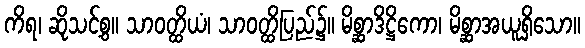
ကိရ၊ ဆိုသင့်စွ။ သာဝတ္ထိယံ၊ သာဝတ္ထိပြည်၌။ မိစ္ဆာဒိဋ္ဌိကော၊ မိစ္ဆာအယူရှိသော။